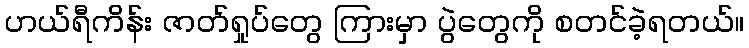
ဟယ်ရီကိန်း ဇာတ်ရှုပ်တွေ ကြားမှာ ပွဲတွေကို စတင်ခဲ့ရတယ်။